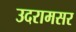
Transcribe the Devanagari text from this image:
उदरामसर